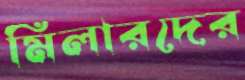
মিলারদের